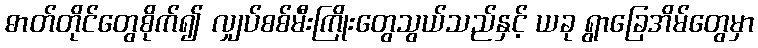
ဓာတ်တိုင်တွေစိုက်၍ လျှပ်စစ်မီးကြိုးတွေသွယ်သည်နှင့် ယခု ရွာခြေအိမ်တွေမှာ